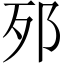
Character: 𨚌